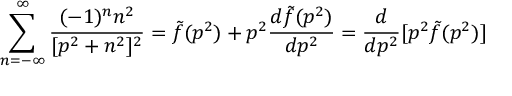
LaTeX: \sum _ { n = - \infty } ^ { \infty } { \frac { ( - 1 ) ^ { n } n ^ { 2 } } { [ p ^ { 2 } + n ^ { 2 } ] ^ { 2 } } } = { \tilde { f } } ( p ^ { 2 } ) + p ^ { 2 } { \frac { d { \tilde { f } } ( p ^ { 2 } ) } { d p ^ { 2 } } } = { \frac { d } { d p ^ { 2 } } } [ p ^ { 2 } { \tilde { f } } ( p ^ { 2 } ) ]